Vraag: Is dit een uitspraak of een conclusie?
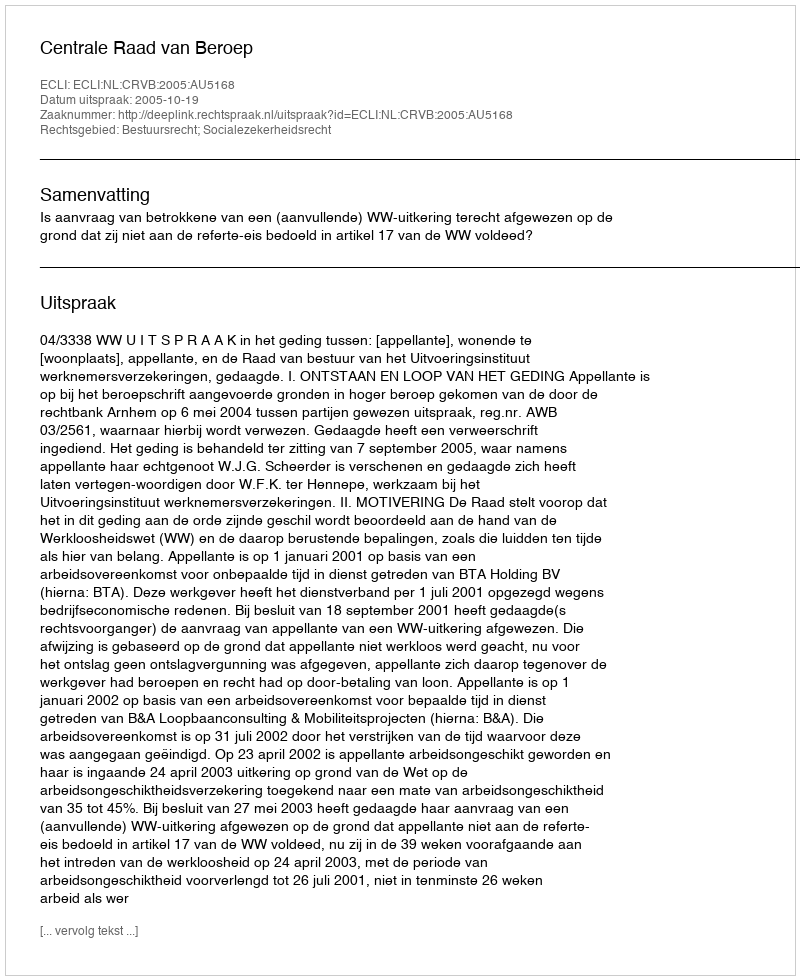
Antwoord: Uitspraak